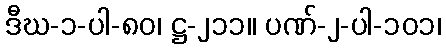
ဒီဃ-၁-ပါ-၈၀၊ ဋ္ဌ-၂၁၁။ ပဏ်-၂-ပါ-၁၀၁၊